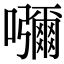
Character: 𡄣